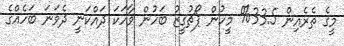
މީގެ ތެރެއިން 33.5% މީހުން ޕޯޗުގީޒު ބަހުން ވާހަކަ ދައްކަނީ ދެވަނަ ބަހެއްގެ